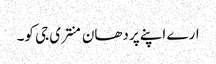
ارے اپنے پردھان منتری جی کو۔